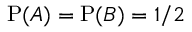
\mathrm { P } ( A ) = \mathrm { P } ( B ) = 1 / 2